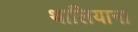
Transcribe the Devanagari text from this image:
थालियाना